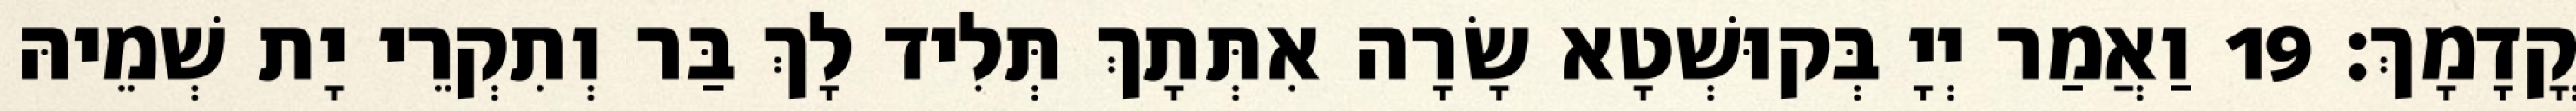
קֳדָמָךְ׃ 19 וַאֲמַר יְיָ בְּקוּשְׁטָא שָׂרָה אִתְּתָךְ תְּלִיד לָךְ בַּר וְתִקְרֵי יָת שְׁמֵיהּ